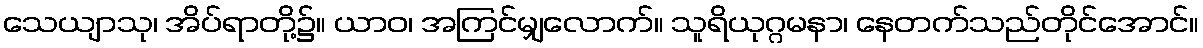
သေယျာသု၊ အိပ်ရာတို့၌။ ယာဝ၊ အကြင်မျှလောက်။ သူရိယုဂ္ဂမနာ၊ နေတက်သည်တိုင်အောင်။